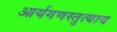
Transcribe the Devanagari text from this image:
आर्यगणस्तुत्याय